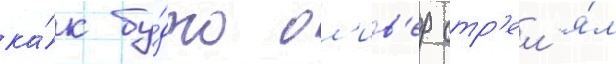
ка́к бу́дто ол'ив'ер стр'ел'я́л